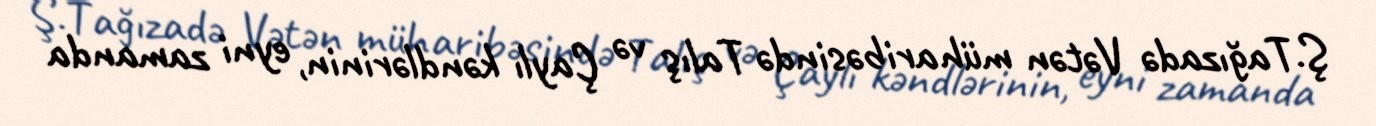
Ş.Tağızadə Vətən müharibəsində Talış və Çaylı kəndlərinin, eyni zamanda